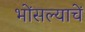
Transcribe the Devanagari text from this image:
भोंसल्याचें